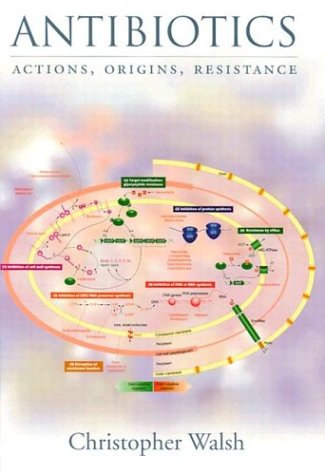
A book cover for Antibiotics: Actions, Origins, Resistance; Christopher Walsh; Medical Books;